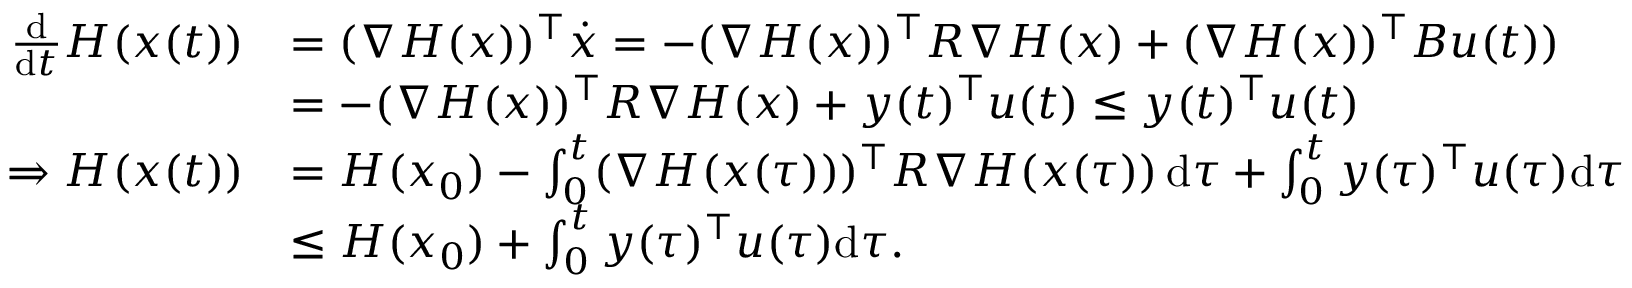
\begin{array} { r l } { \frac { \mathrm { d } } { \mathrm { d } t } H ( x ( t ) ) } & { = ( \nabla H ( x ) ) ^ { \top } \dot { x } = - ( \nabla H ( x ) ) ^ { \top } R \nabla H ( x ) + ( \nabla H ( x ) ) ^ { \top } B u ( t ) ) } \\ & { = - ( \nabla H ( x ) ) ^ { \top } R \nabla H ( x ) + y ( t ) ^ { \top } u ( t ) \le y ( t ) ^ { \top } u ( t ) } \\ { \Rightarrow H ( x ( t ) ) } & { = H ( x _ { 0 } ) - \int _ { 0 } ^ { t } ( \nabla H ( x ( \tau ) ) ) ^ { \top } R \nabla H ( x ( \tau ) ) \, \mathrm { d } \tau + \int _ { 0 } ^ { t } y ( \tau ) ^ { \top } u ( \tau ) \mathrm { d } \tau } \\ & { \le H ( x _ { 0 } ) + \int _ { 0 } ^ { t } y ( \tau ) ^ { \top } u ( \tau ) \mathrm { d } \tau . } \end{array}